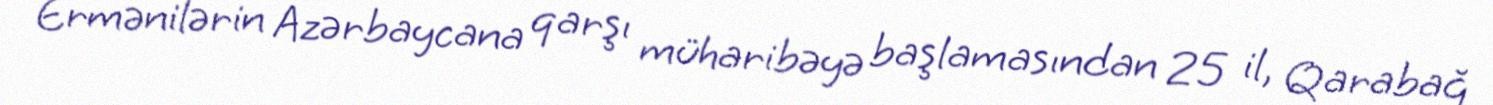
Ermənilərin Azərbaycana qarşı müharibəyə başlamasından 25 il, Qarabağ